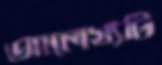
আলেখ্যটি